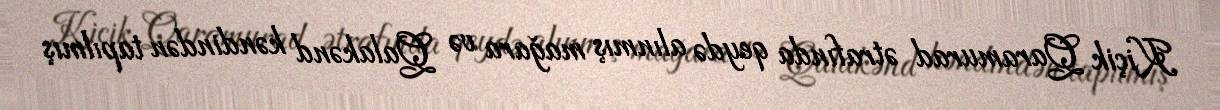
Kiçik Qaramurad ətrafında qeydə alınmış mağara və Qalakənd kəndindən tapılmış